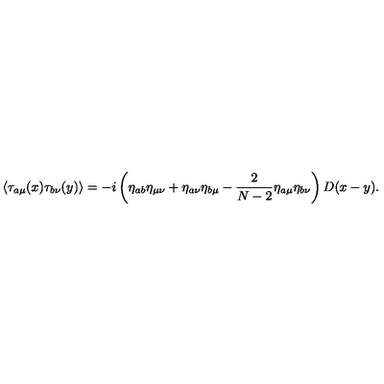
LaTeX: \langle \tau _ { a \mu } ( x ) \tau _ { b \nu } ( y ) \rangle = - i \left( \eta _ { a b } \eta _ { \mu \nu } + \eta _ { a \nu } \eta _ { b \mu } - \frac { 2 } { N - 2 } \eta _ { a \mu } \eta _ { b \nu } \right) D ( x - y ) .